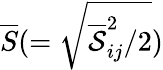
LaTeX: \overline{{S}}(=\sqrt{{\overline{{\cal{S}}}}_{ij}^{2}/2})